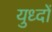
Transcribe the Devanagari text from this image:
युध्दों